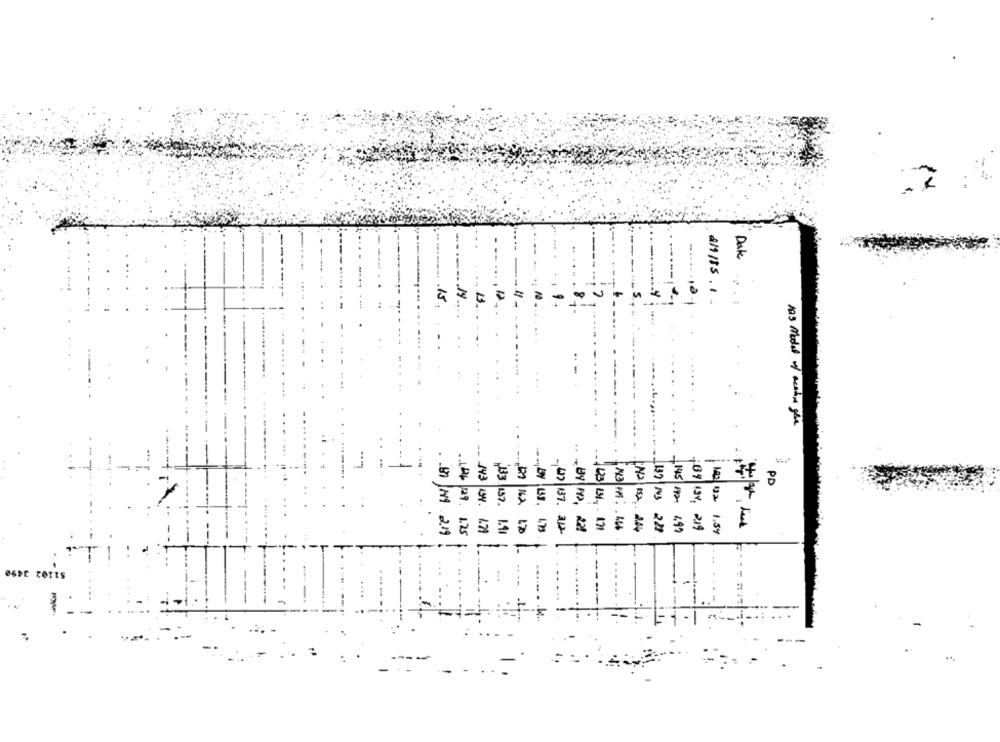
Date
15
-
193 Model of meatin give
143
PD
3.9575933 ,99F 4
145/192
198, 219
2.19
4.99
2.19
1.54